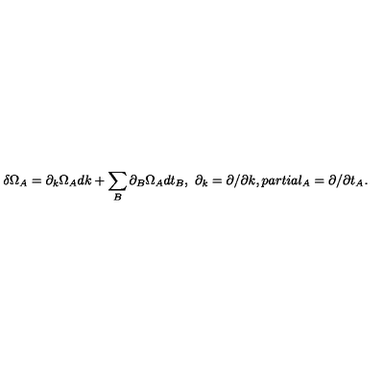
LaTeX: \delta \Omega _ { A } = \partial _ { k } \Omega _ { A } d k + \sum _ { B } \partial _ { B } \Omega _ { A } d t _ { B } , \ \partial _ { k } = \partial / \partial k , p a r t i a l _ { A } = \partial / \partial t _ { A } .